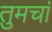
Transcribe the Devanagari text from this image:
तुमचां